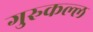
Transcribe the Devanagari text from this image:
गुरुकल्ल